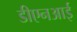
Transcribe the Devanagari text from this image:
डीएनआई